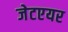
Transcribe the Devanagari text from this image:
जेटएयर